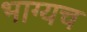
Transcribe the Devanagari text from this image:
भाग्यच